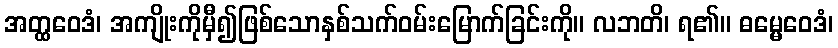
အတ္ထဝေဒံ၊ အကျိုးကိုမှီ၍ဖြစ်သောနှစ်သက်ဝမ်းမြောက်ခြင်းကို။ လဘတိ၊ ရ၏။ ဓမ္မေဝေဒံ၊